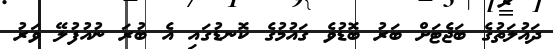
ދައުލަތުގެ ބަޖެޓަށް ބަރު ބޮޑުވެ ގައުމުގެ ކޮނޑުގައި އެ ބުރަ ނުއުފުލޭ ވަރު